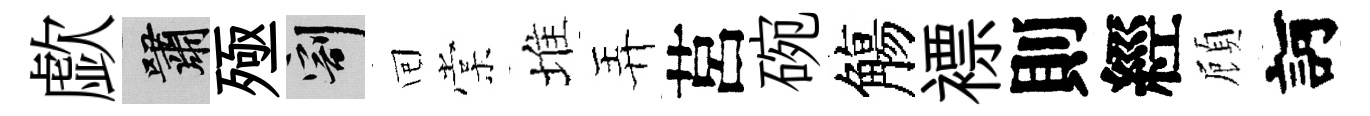
歔嘯殛割囘棠堆弄莒碗觴褾則經頋訶